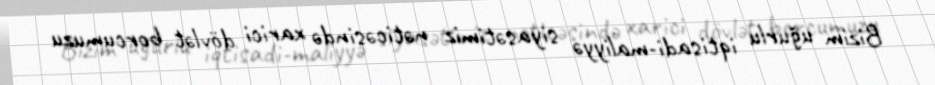
Bizim uğurlu iqtisadi-maliyyə siyasətimiz nəticəsində xarici dövlət borcumuzu